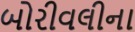
બોરીવલીના